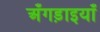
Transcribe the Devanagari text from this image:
अँगड़ाइयाँ